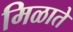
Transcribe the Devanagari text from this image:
मिळाते